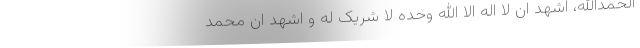
الحمدالله، اشهد ان لا اله الا الله وحده لا شریک له و اشهد ان محمد